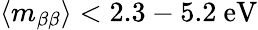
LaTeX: \langle m_{\beta\beta}\rangle<2.3-5.2\ \mathrm{eV}